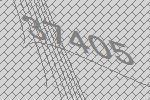
37405